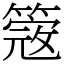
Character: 簆